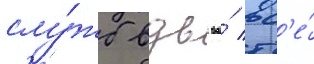
слу́жб вдв во́ вс'е́